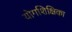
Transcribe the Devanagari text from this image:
योगशिक्षिका